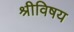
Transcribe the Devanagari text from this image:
श्रीविषय